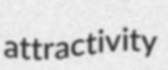
attractivity